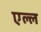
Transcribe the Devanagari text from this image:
एल्ल